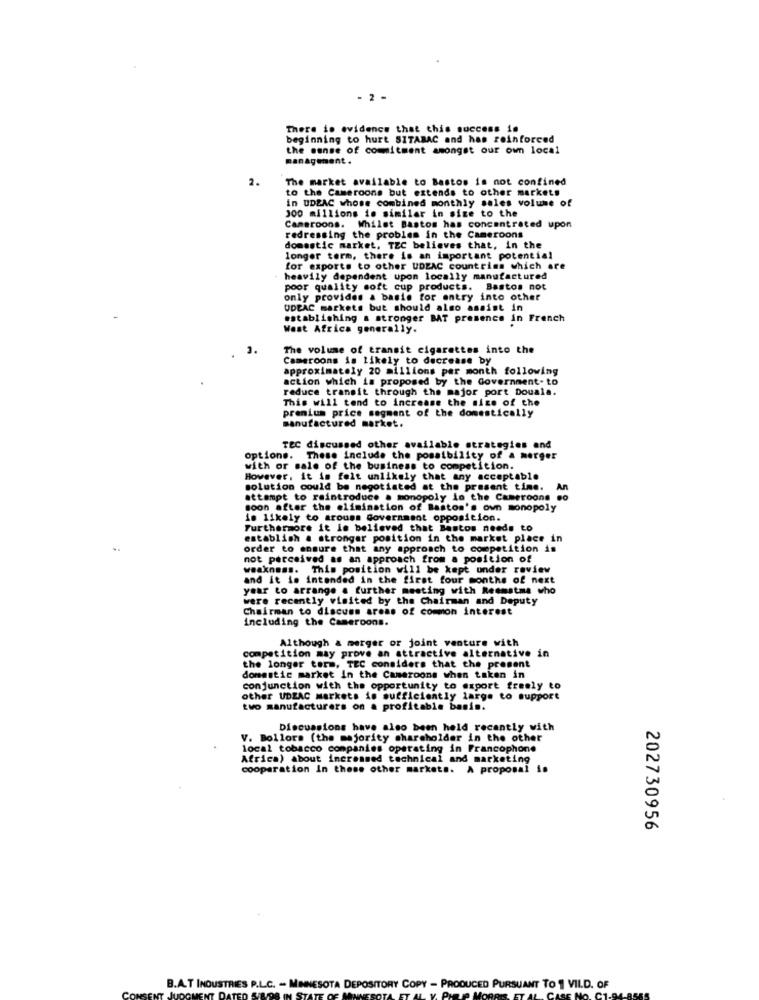
- 2 -
There is evidence that this success is
beginning to hurt SITABAC and has reinforced
the sense of commitment amongst our own local
management .
2.
The market available to Bastos is not confined
to the Cameroons but extends to other markets
in UDEAC whose combined monthly sales volume of
300 millions is similar in size to the
Cameroons. Whilst Bastos has concentrated upon
redressing the problem in the Cameroons
domestic market, TEC believes that, in the
longer term, there is an important potential
for exports to other UDEAC countries which are
heavily dependent upon locally manufactured
poor quality soft cup products. Bastos not
only provides & basis for entry into other
UDEAC markets but should also assist in
establishing a stronger BAT presence in French
West Africa generally.
The volume of transit cigarettes into the
Cameroons is likely to decrease by
approximately 20 millions per month following
action which is proposed by the Government. to
reduce transit through the major port Douala.
This will tend to increase the size of the
prenium price segment of the domestically
manufactured market.
TEC discussed other available strategies and
options. These include the possibility of a merger
with or sale of the business to competition.
However, it is felt unlikely that any acceptable
solution could be negotiated at the present time.
An
attempt to reintroduce a monopoly in the Cameroone so
soon after the elimination of Bastos's own monopoly
is likely to arouss Government opposition.
Furthermore it is believed that Bastos needs to
establish a stronger position in the market place in
order to ensure that any approach to competition is
not perceived as an approach from a position of
weakness. This position will be kept under review
and it is intended in the first four months of next
year to arrange . further meeting with Reemstma who
were recently visited by the Chairman and Deputy
Chairman to discuss areas of common interest
including the Cameroons.
Although & merger or joint venture with
competition may prove an attractive alternative in
the longer term, TEC considers that the present
domestic market in the Cameroons when taken in
conjunction with the opportunity to export freely to
other UDEAC markets is sufficiently large to support
two manufacturers on a profitable basis.
Discussions have also been held recently with
V. Bollors (the majority shareholder in the other
local tobacco companies operating in Francophone
Africa) about incrammed technical and marketing
cooperation In these other markets. A proposal is
202730956
B.A.T INDUSTRIES P.L.C. - MINNESOTA DEPOSITORY COPY - PRODUCED PURSUANT TO 1 VILD. OF
CASE NO. C